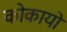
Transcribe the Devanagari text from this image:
कोकायो